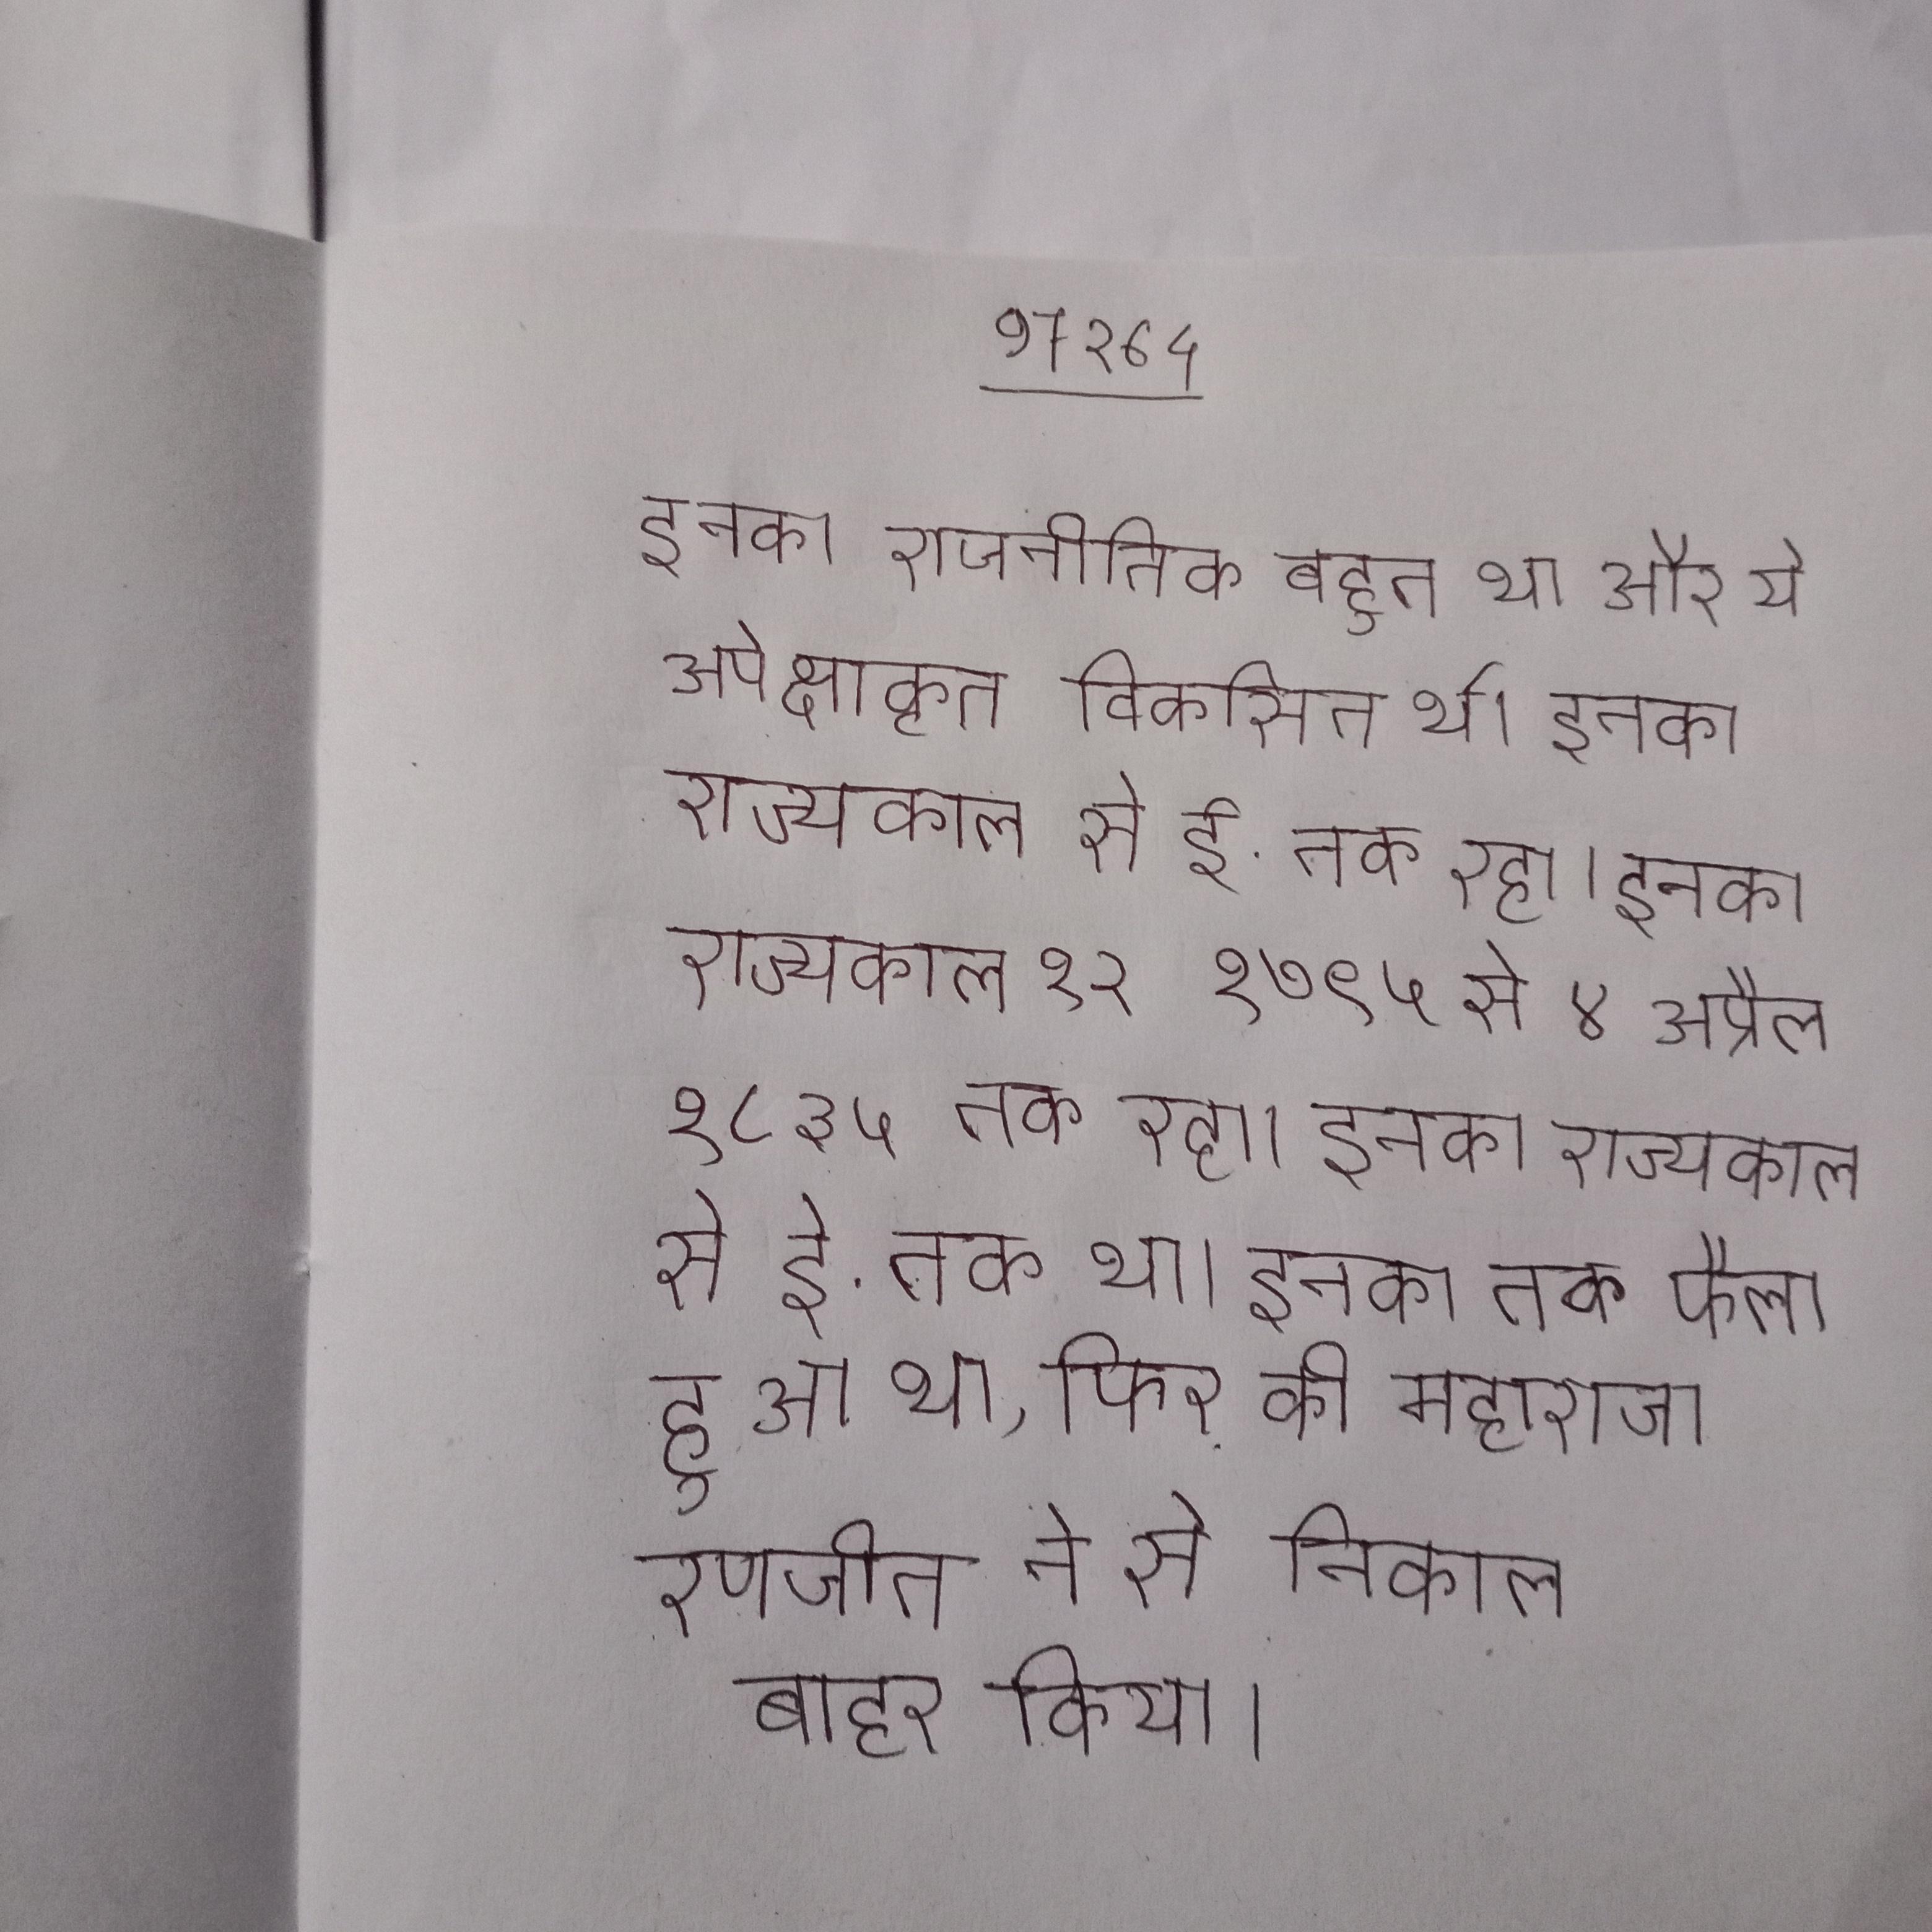
इनका राजनीतिक बहुत था और ये अपेक्षाकृत विकसित थे । इनका राज्यकाल से ई. तक रहा । इनका राज्यकाल १२ १७९५ से ४ अप्रैल १८३५ तक रहा । इनका राज्यकाल से ई. तक था । इनका तक फैला हुआ था, फिर को महाराजा रणजीत ने से निकाल बाहर किया ।